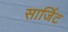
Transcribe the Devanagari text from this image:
सार्जिट